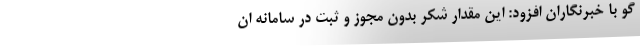
گو با خبرنگاران افزود: این مقدار شکر بدون مجوز و ثبت در سامانه ان